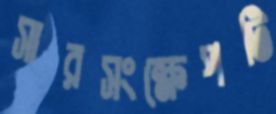
সারসংক্ষেপটি